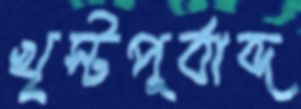
খৃস্টপূর্বাব্দ